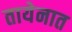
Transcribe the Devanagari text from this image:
तायेनात